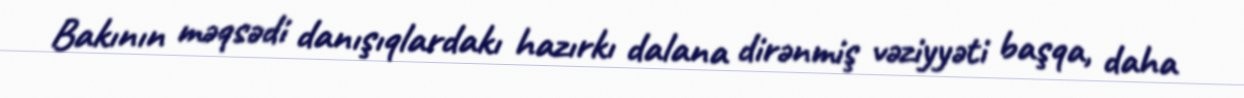
Bakının məqsədi danışıqlardakı hazırkı dalana dirənmiş vəziyyəti başqa, daha